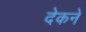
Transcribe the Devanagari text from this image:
देकने